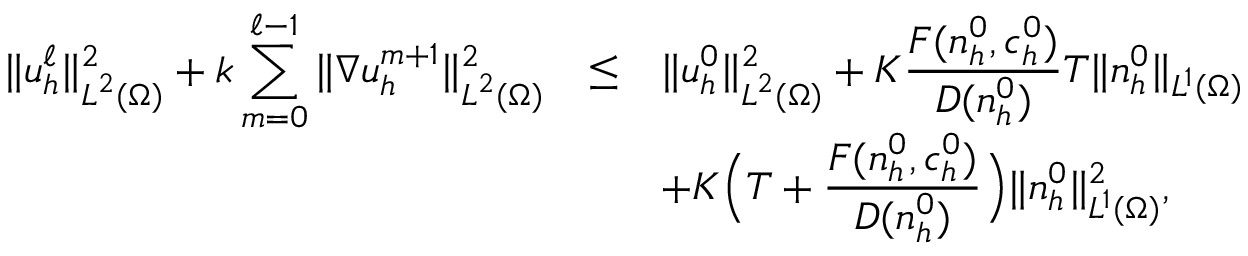
\begin{array} { r c l } { \displaystyle \| { \boldsymbol u } _ { h } ^ { \ell } \| _ { { \boldsymbol L } ^ { 2 } ( \Omega ) } ^ { 2 } + k \sum _ { m = 0 } ^ { \ell - 1 } \| \nabla { \boldsymbol u } _ { h } ^ { m + 1 } \| _ { { \boldsymbol L } ^ { 2 } ( \Omega ) } ^ { 2 } } & { \le } & { \displaystyle \| { \boldsymbol u } _ { h } ^ { 0 } \| _ { { \boldsymbol L } ^ { 2 } ( \Omega ) } ^ { 2 } + K \frac { F ( n _ { h } ^ { 0 } , c _ { h } ^ { 0 } ) } { D ( n _ { h } ^ { 0 } ) } T \| n _ { h } ^ { 0 } \| _ { L ^ { 1 } ( \Omega ) } } \\ & & { \displaystyle + K \Big ( T + \frac { F ( n _ { h } ^ { 0 } , c _ { h } ^ { 0 } ) } { D ( n _ { h } ^ { 0 } ) } \Big ) \| n _ { h } ^ { 0 } \| _ { L ^ { 1 } ( \Omega ) } ^ { 2 } , } \end{array}